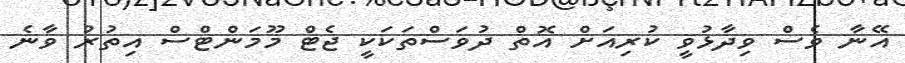
އޭނާ ވެސް ވިދާޅުވީ ކުރިއަށް އޮތް ދުވަސްތަކަކީ ޖެޓް މޫމަންޓްސް އިތުރު ވާނެ